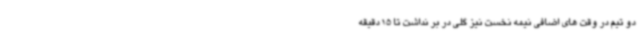
دو تیم در وقت های اضافی نیمه نخست نیز گلی در بر نداشت تا 15 دقیقه